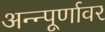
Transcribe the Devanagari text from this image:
अन्न्पूर्णावर